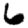
Digit: 6